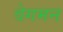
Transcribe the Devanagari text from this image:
वेगमन